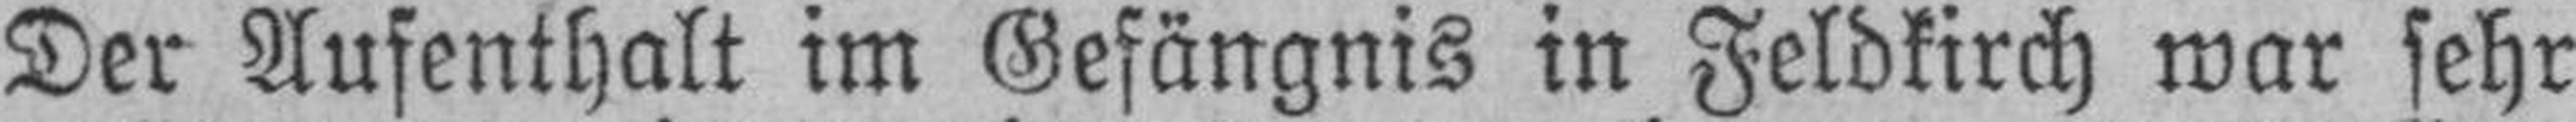
Der Aufenthalt im Gefängnis in Feldkirch war sehr